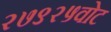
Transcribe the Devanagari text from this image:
२७९२५वोट